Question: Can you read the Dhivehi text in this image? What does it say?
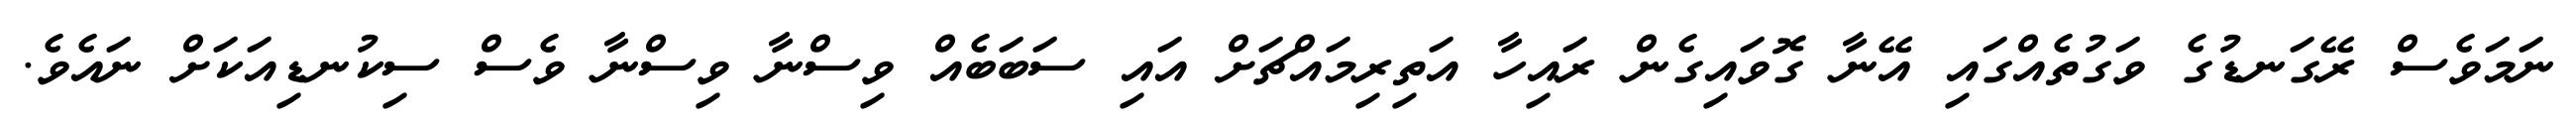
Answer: ނަމަވެސް ރޭގަނޑުގެ ވަގުތެއްގައި އޭނާ ގޮވައިގެން ރައިހާ އަތިރިމައްޗަށް އައި ސަބަބެއް ވިސްނާ ވިސްނާ ވެސް ސިކުނޑިއަކަށް ނައެވެ.